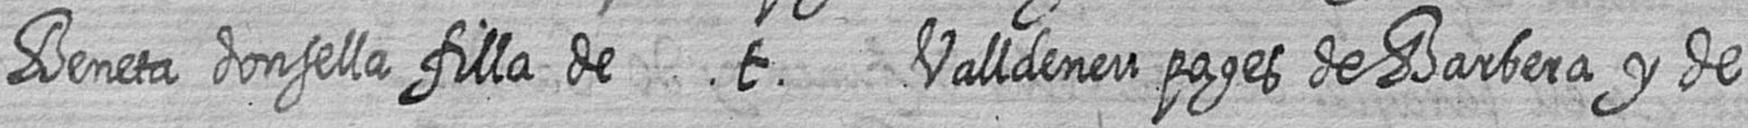
Beneta donsella filla de t Valldeneu pages de Barbera y de